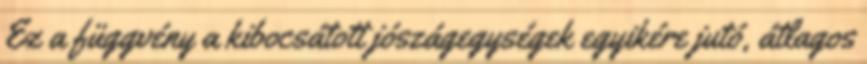
Ez a függvény a kibocsátott jószágegységek egyikére jutó, átlagos